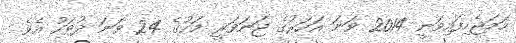
ހަމަޖެހިފައިވަނީ 2014 ވަނަ އަހަރުގެ ޖަނަވަރީ މަހުގެ 24 ވަނަ ދުވަހު އެވެ.